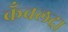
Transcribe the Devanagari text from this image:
कँवलदा